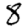
Digit: 8